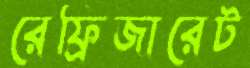
রেফ্রিজারেট